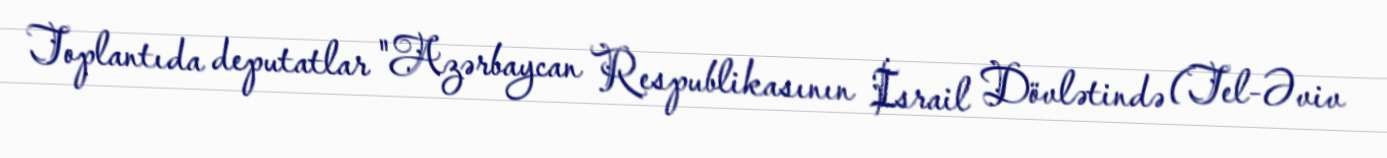
Toplantıda deputatlar "Azərbaycan Respublikasının İsrail Dövlətində (Tel-Əviv